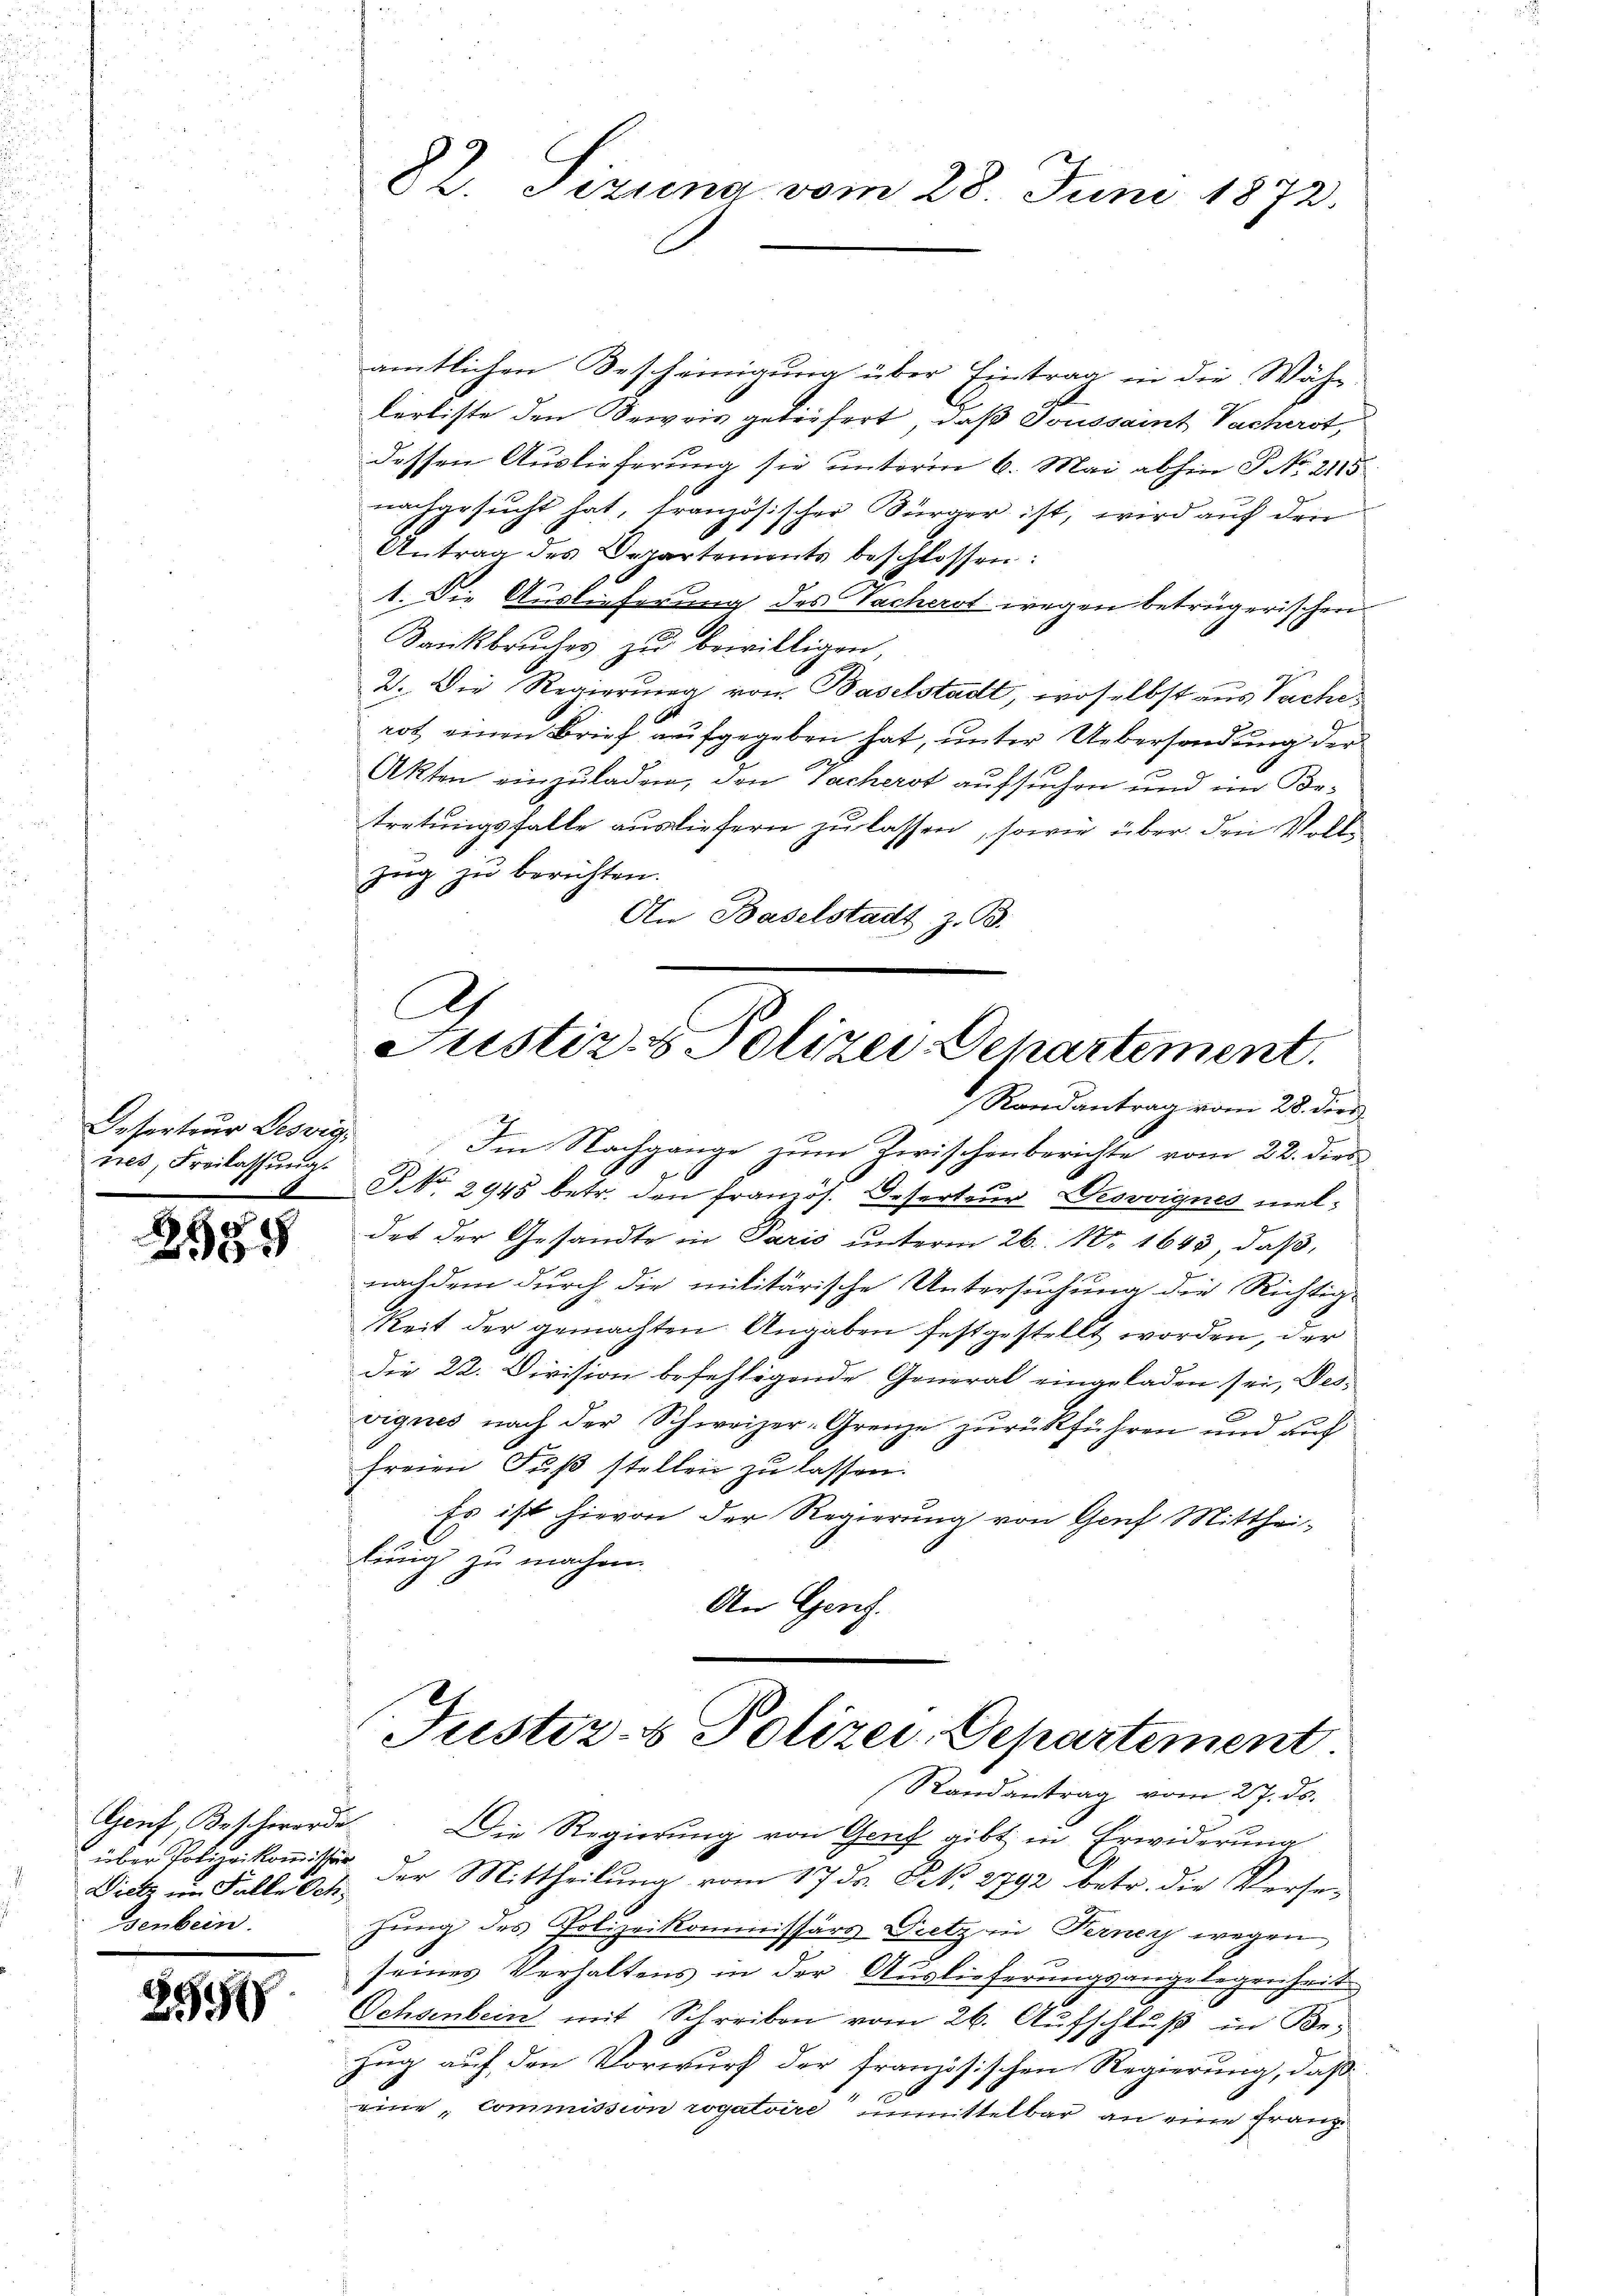
Deserteur Deswig
tres, Freilassung

,
2938

Dietz im Falle Sch.
senbein.

25548

amtlichen Bescheinigung über Eintrag in die Währ
körliste den Beweis gedörfert, daß Toussaint Sacherst,
dessen Auslieferung sie unterm 6. Mai abhin P. No. 2115
nachgesucht hat, französischer Bürger ist, wird auf dein
Antrag des Departements beschlossen:
1. Die Auslieferung des Sacherst wegen betrügerischen
Dankbruches zu bewilligen,
2. Die Regierung von Baselstadt, woselbst aus Sacher
rot einen Brief aufgegeben hat, unter Uebersendung der
Akten einzuladen, den Sacherst aufsuchen und im Betretungsfalle ausliefern zu lassen, sowie über den Voll
zug zu berichten.
An Baselstadt z. B.
A

82. Sizung vom 28. Juni 1872.

Justiz- & Polizei-Departement.
Randantrag vom 28. der

Im Nachgange zŭm Zwischenberichte vom 22. dies
NNo. 2945 betr. den französ. Deserteur Desvvignes meldes der Gesandte in Paris unterm 26. No. 1645, daß,
nachdem durch die militärische Untersuchung die Richtig-
keit der gemachten Angaben festgestellt worden, der
die 22. Division befehligende General eingeladen sei, desvignes nach der Schweizer-Grenze zurückführen und auf
freien Fuß stellen zu lassen.
Es ist hievon der Regierung von Genf Mittheilung zu machen.
.
An Genf.

Justiz- & Polizei, Departement.
Randantrag vom 27. ds.

Geif, Beschwerde. Die Regierŭng von Genf gibt in Erwiderŭng
üder Polizeikommisse der Mittheilung vom 17. ds. N. 2792 betr. die Versesung des Polizeikommissärs Dietz in Ferner wegen
seines Verhaltens in der Auslieferungsangelegenheit
Ochsenbein mit Schreiben vom 26. Aufschluß in Bezug auf den Vorwurf der französischen Regierung, daß
eine commission rogatoire unmittelbar an eine Franz